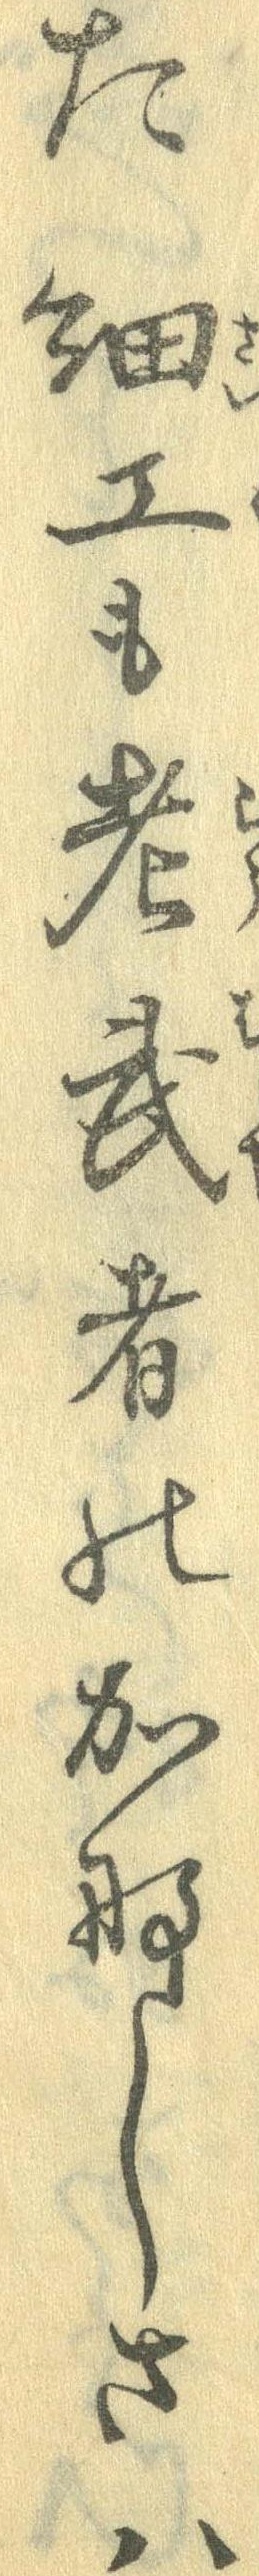
た細工も老武者のかなしさは